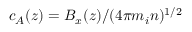
c _ { A } ( z ) = B _ { x } ( z ) / ( 4 \pi m _ { i } n ) ^ { 1 / 2 }